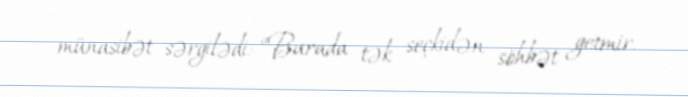
münasibət sərgilədi: “Burada tək seçkidən söhbət getmir.